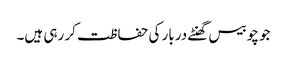
جو چوبیس گھنٹے دربار کی حفاظت کر رہی ہیں۔